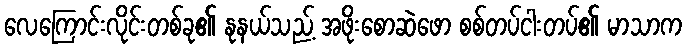
လေကြောင်းလိုင်းတစ်ခု၏ နုနယ်သည့် အဖိုးစောဆဲဖော စစ်တပ်ငါးတပ်၏ မာသာက